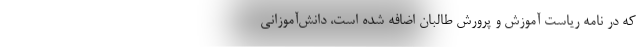
که در نامه ریاست آموزش و پرورش طالبان اضافه شده است، دانش‌آموزانی